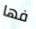
فها